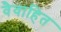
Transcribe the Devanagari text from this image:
वैवाहित